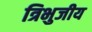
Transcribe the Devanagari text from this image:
त्रिभुजीय